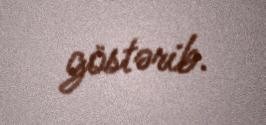
göstərib.